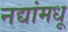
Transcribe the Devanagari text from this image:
नद्यांमधू